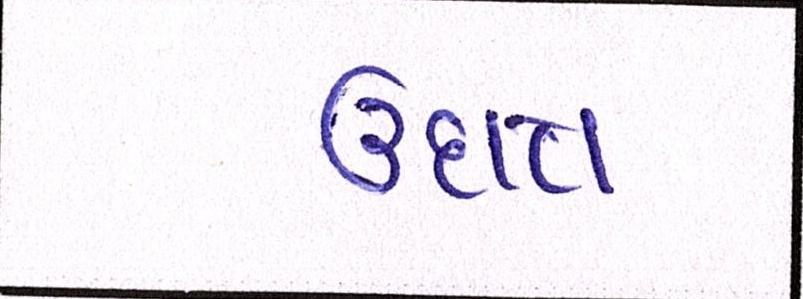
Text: ઉદાત્ત